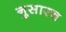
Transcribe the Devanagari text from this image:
नुसारच